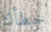
خطأك